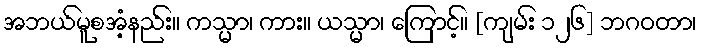
အဘယ်မူစအံ့နည်း။ ကသ္မာ၊ ကား။ ယသ္မာ၊ ကြောင့်။ [ကျမ်း ၁၂၆] ဘဂဝတာ၊